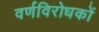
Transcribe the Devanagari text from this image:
वर्णविरोधकों